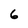
Character: 6